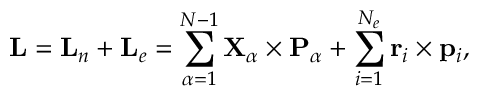
{ \mathbf { L } } = { \mathbf { L } } _ { n } + { \mathbf { L } } _ { e } = \sum _ { \alpha = 1 } ^ { N - 1 } { \mathbf { X } } _ { \alpha } \times { \mathbf { P } } _ { \alpha } + \sum _ { i = 1 } ^ { N _ { e } } { \mathbf { r } } _ { i } \times { \mathbf { p } } _ { i } ,